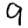
Digit: 9